Report on the administration of the Government Cinchona Department 1892-98
Year: 1892
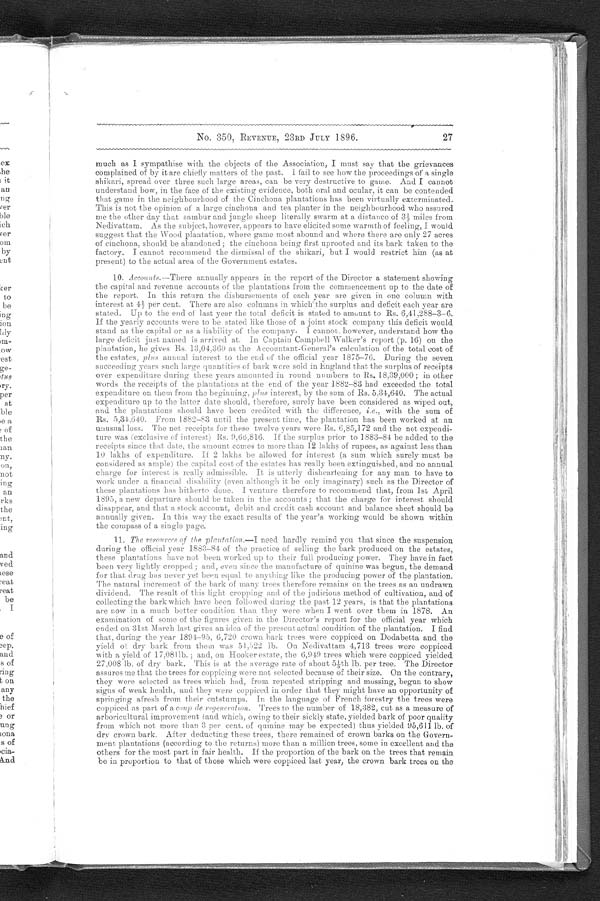
No. 350, REVENUE, 23RD JULY 1896.27
much as I sympathise with the objects of the Association, I must say that the grievances
complained of by it are chiefly matters of the past. I fail to see how the proceedings of a single
shikari, spread over three such large areas, can be very destructive to game. And I cannot
understand how, in the face of the existing evidence, both oral and ocular, it can be contended
that game in the neighbourhood of the Cinchona plantations has been virtually exterminated.
This is not the opinion of a large cinchona and tea planter in the neighbourhood who assured
me the other day that sambur and jungle sheep literally swarm at a distance of 3½ miles from
Nedivattam. As the subject, however, appears to have elicited some warmth of feeling, I would
suggest that the Wood plantation, where game most abound and where there are only 27 acres
of cinchona, should be abandoned ; the cinchona. being first uprooted and its hark taken to the
factory. I cannot recommend the dismissal of the shikari, but I would restrict him (as at
p r e s e n t ) t o t h e a c t u a l a r e a o f t h e G o v e r n m e n t e s t a t e s .
10.
Accounts,— There annually appears in the. report of the Director a statement showing
the capital and revenue accounts of the plantations from the commencement up to the date of
the report. In this return the disbursements of each year are given in one column with
i n t e r e s t a t 4 ½ p e r c e n t . T h e r e a r e a l s o c o l u mn s i n wh i c h t h e s u r p l u s a n d d e f i c i t e a c h y e a r a r e
stated. Up to the end of last year the total deficit is stated to amount to Rs. 6,41,288-3-6.
If the yearly accounts were to be stated like those of a joint stock company this deficit would
stand as the capital or as a liability of the company. I cannot. however, understand. how the
•
large deficit just named is arrived at. In Captain Campbell Walker's report (p. 16) on the
plantation, he gives Rs. 13,04,369 as the Accountant-General's calculation of the total cost of
the estates, plus annual interest TO the end of' the official year 1875-76. During the seven
succeeding years such large quantities
of bark were sold in England that the surplus of receipts
over expenditure during these years amounted in round numbers to Rs. 18,39,000 ; in other
words the receipts of the plantations at the end of the year 1882-83 had exceeded the total
expenditure on them from the beginning. plus interest, by the sum of Rs. 5.34,640. The actual
expenditure up to the latter date should, therefore, surely have been considered as wiped out,
and. the plantations should have been credited with the difference, i.e ., with the sum of
Rs. .5,34.640. From 1862-83 until the present time, the plantation has been worked at an
unusual loss. The net receipts for these twelve years were Rs. 6,85,172 and the net expendi-
ture was (exclusive of interest) Rs. 9 .66,816. the surplus prior to 1883-84 be added to the
receipts since that date, the amount comes to more than 12 lakhs of rupees, as against less than
10 lakhs of expenditure. It 2 lakhs be allowed for interest (a sum which surely must be
Considered as ample) the capital cost of the estates has really been extinguished, and no annual
charge for interest is really admissible. It is utterly disheartening for any man to have to
work under a financial disability (evena l t h o u g h i t b e o n l y i m a g i n a r y ) s u c h a s t h e D i r e c t o r o f
these plantations has hitherto done. I venture therefore to recommend that, from 1 st April
1895, a new departare should be taken in the accounts; that the charge for interest should
disappear, and that a stock account, debit and credit cash account and balance sheet should be
annually given. In this way the exact results of the year's working would be shown within
the compass of a single page.
11.
The resources of the plantation.— I need
hardly remind you that since the suspension
during the official Year 1882-84 of the practice of selling the bark produced on the estates,
these plantations have not been worked up to their full producing. power. They have in fact
been very lightly cropped and, even since the manufacture of quinine was begun, the demand
for that drug has never yet been equal to anything like the producing power of the plantation,
The
natural increment of the bark of many trees therefore remains on the trees as an undrawn
dividend. The result this 1ight c ropping and Of the judicious
method of cultivation, and of
collecting the bark which have been followed during the past 12 years, is that the plantations
are now in a much better condition than they were when I went over them in 1878. An
examination of some of the figures given in the Director ' s report for the official year which
ended on :31st March last gives an idea of. the present actual condition of the plantation. I find
that, during the year 1894-95, 6,720 crown bark trees were coppiced on Dodabetta and the
yield ofd r y -
h a r k
: f r o m t h e w w a s 5 1 . 5 2 2
l b . O n X e d i v a t t a m 4 , 7 1 3 t r e e s w e r e c o p p i c e d
with a yield of 17.081lb. ; and. on Hooker estate. the 6,949 trees which were coppiced yielded
27,008 lb. of dry bark. This is at the average rate of about 51/5th lb. per tree. The Director
assures me that the trees for coppicing were not selected because of their size. On the contrary,
they were selected as trees which had, from repeated stripping and mossing, begun to show
signs of weak health, and they were coppiced in order that they might have an opportunity of
springing afresh from their cutstumps. In the language of French forestry the trees were
coppiced as part of a coup de regeneration . Trees to the number of 18,382, cut as a measure of
arboricultural improvement (and which, owing to their sickly state, yielded bark of poor quality
from which not more than 3 per cent. of quinine may be expected) thus yielded 95,611 lb. of
dry crown bark. After deducting these trees, there remained of crown barks on the Govern
ment. plantations (according to the returns) more than a million trees, sonic in excellent and the
others for the most part in fair health. If the proportion of the bark on the trees that remain
be in proportion to that of those which were coppiced last year, the crown bark trees on the